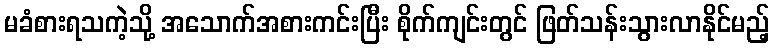
မခံစားရသကဲ့သို့ အသောက်အစားကင်းပြီး စိုက်ကျင်းတွင် ဖြတ်သန်းသွားလာနိုင်မည့်